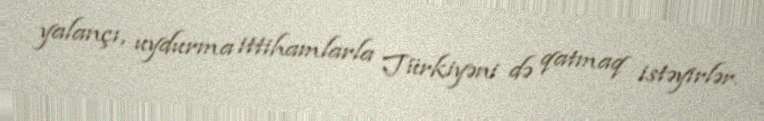
yalançı, uydurma ittihamlarla Türkiyəni də qatmaq istəyirlər.